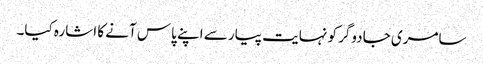
سامری جادوگر کو نہایت پیار سے اپنے پاس آنے کا اشارہ کیا۔